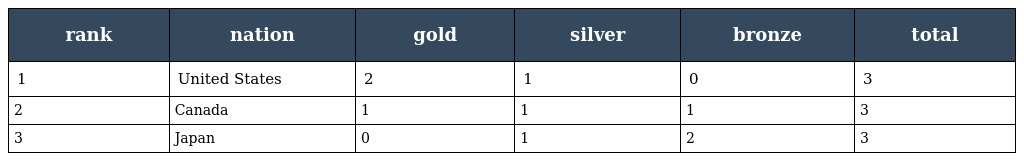
| rank | nation | gold | silver | bronze | total |
 | --- | --- | --- | --- | --- | --- |
 | 1 | United States | 2 | 1 | 0 | 3 |
 | 2 | Canada | 1 | 1 | 1 | 3 |
 | 3 | Japan | 0 | 1 | 2 | 3 |